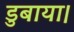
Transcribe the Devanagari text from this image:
डुबाया।